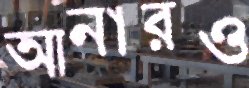
আনারও